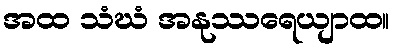
အထ သံဃံ အနုဿရေယျာထ။